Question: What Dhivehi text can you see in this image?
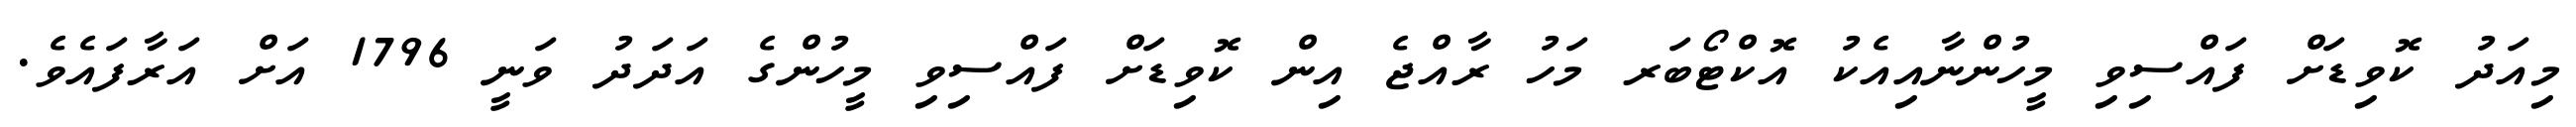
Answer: މިއަދު ކޮވިޑަށް ފައްސިވި މީހުންނާއިއެކު އޮކްޓޯބަރ މަހު ރާއްޖެ އިން ކޮވިޑަށް ފައްސިވި މީހުންގެ އަދަދު ވަނީ 1796 އަށް އަރާފައެވެ.